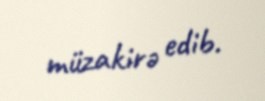
müzakirə edib.